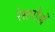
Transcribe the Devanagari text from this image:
रेस्टरौआँ